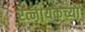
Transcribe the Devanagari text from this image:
रत्नायकेच्या